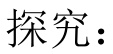
探究：